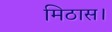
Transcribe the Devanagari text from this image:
मिठास।